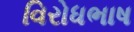
વિરોધભાષ